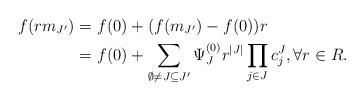
LaTeX: \begin{align*}f(r m_{J'}) = &\ f(0) + (f(m_{J'}) - f(0)) r\\= &\ f(0) + \sum_{\emptyset \neq J \subseteq J'} \Psi_J^{(0)} r^{|J|}\prod_{j \in J} c_j^J, \forall r \in R.\end{align*}